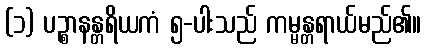
(၁) ပဉ္စာနန္တရိယကံ ၅-ပါးသည် ကမ္မန္တရာယ်မည်၏။